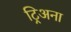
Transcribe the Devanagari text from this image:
ट्रिअना